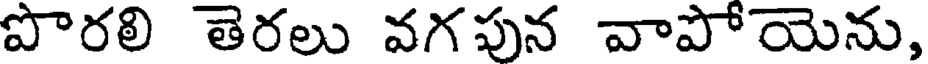
పొరలి తెరలు వగపున వాపోయెను,